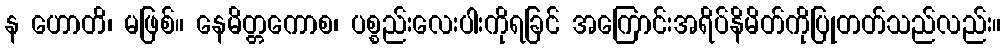
န ဟောတိ၊ မဖြစ်။ နေမိတ္တကောစ၊ ပစ္စည်းလေးပါးကိုရခြင် အကြောင်းအရိပ်နိမိတ်ကိုပြုတတ်သည်လည်း။